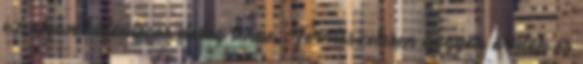
ez olyan különleges dolog lenne. Természetesen nagyon örülök és